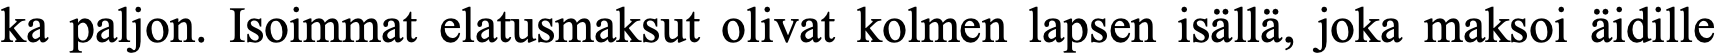
ka paljon. Isoimmat elatusmaksut olivat kolmen lapsen isällä, joka maksoi äidille